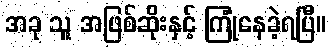
အခု သူ အဖြစ်ဆိုးနှင့် ကြုံနေခဲ့ရပြီ။